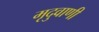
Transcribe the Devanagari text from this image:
मृदुवाणी